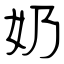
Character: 奶